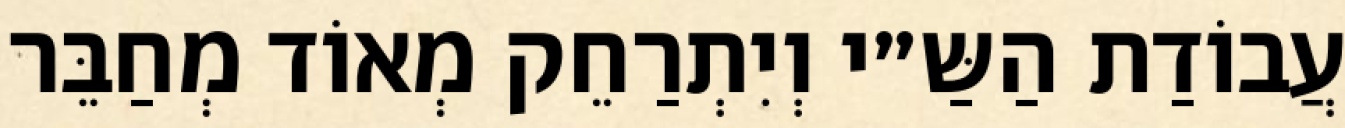
עֲבוֹדַת הַשַּ״י וְיִתְרַחֵק מְאוֹד מְחַבֵּר